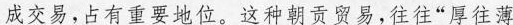
成交易，占有重要地位。这种朝贡贸易，往往”厚往薄